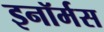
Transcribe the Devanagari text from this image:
इनॉर्मस